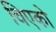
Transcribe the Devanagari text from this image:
चिएको